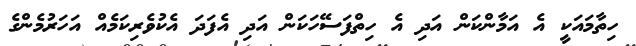
ހިތާމައަކީ އެ އަމާންކަން އަދި އެ ހިތްފަސޭހަކަން އަދި އެފަދަ އެކުވެރިކަމެއް އަހަރުމެންގެ